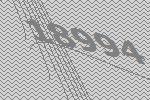
18994